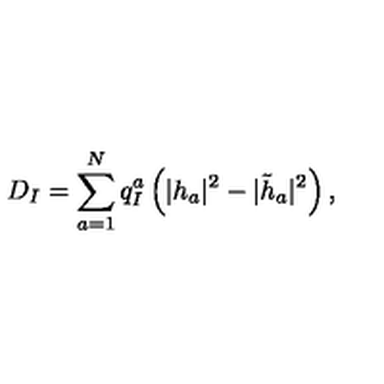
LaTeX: D _ { I } = \sum _ { a = 1 } ^ { N } q _ { I } ^ { a } \left( | h _ { a } | ^ { 2 } - | \tilde { h } _ { a } | ^ { 2 } \right) ,